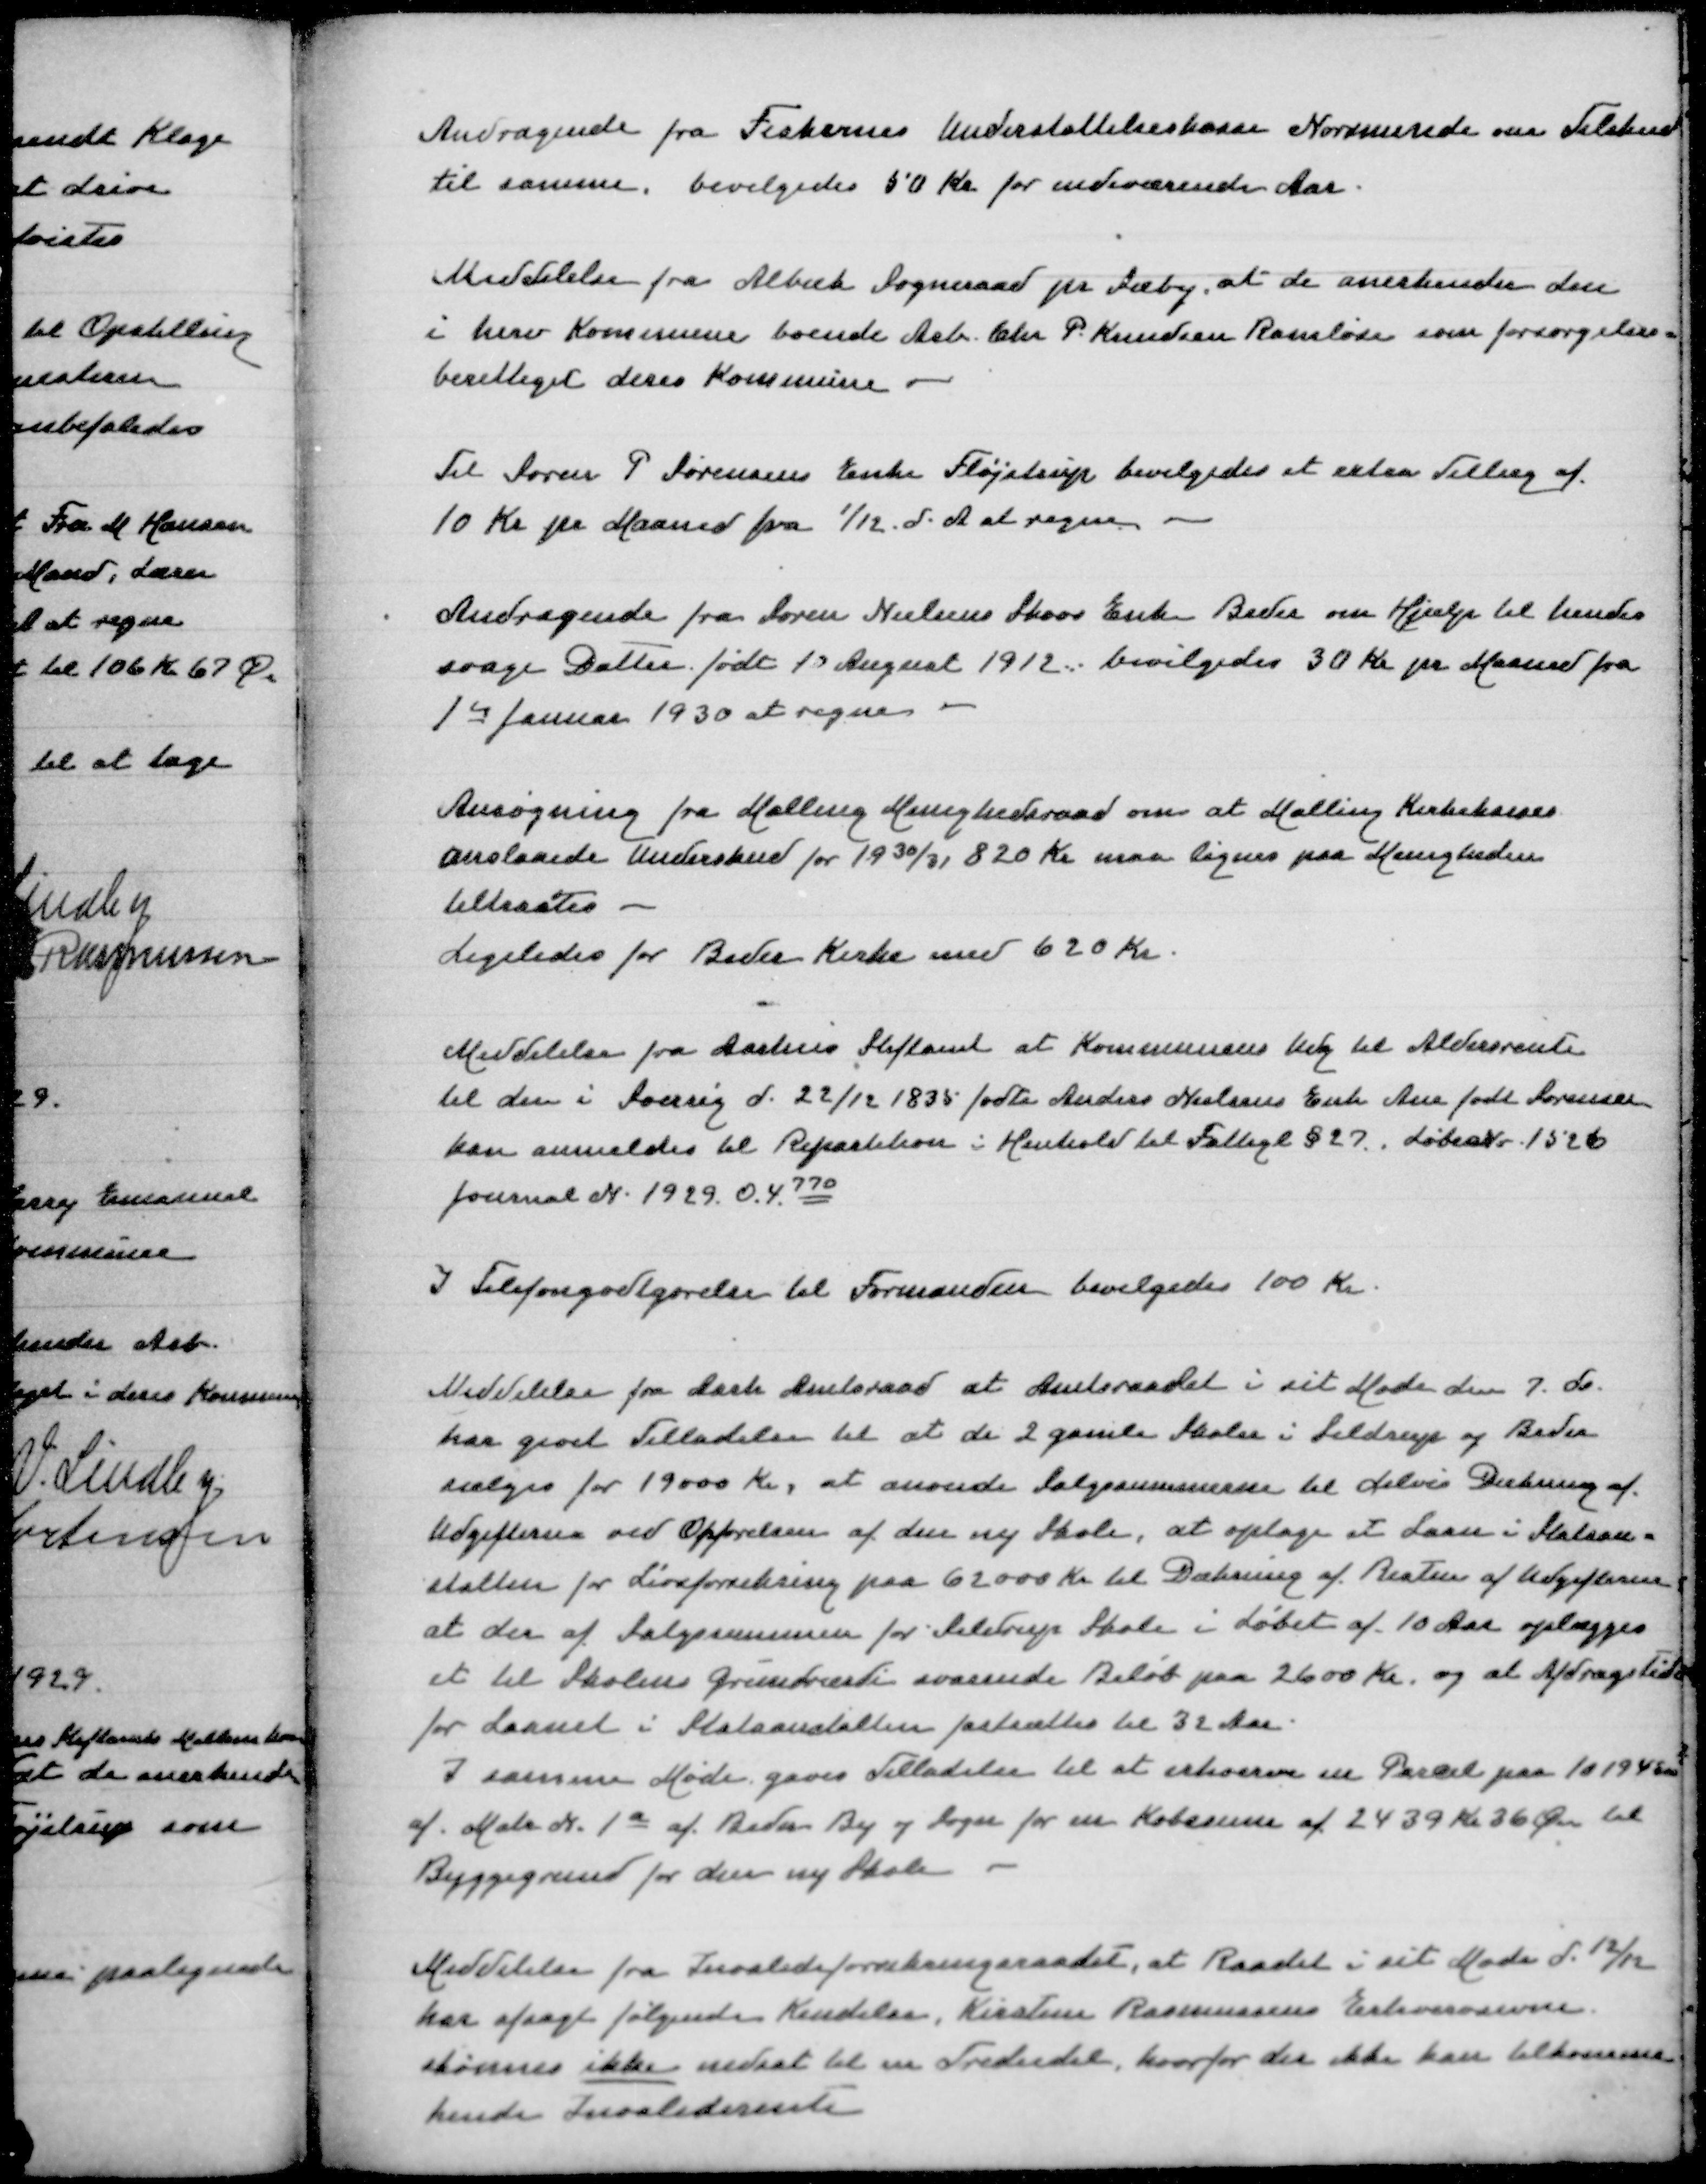
Transskription:
Andragende fra Fiskernes UnderstøttelseskasseNorsminde om Tilskud
til samme, bevilgedes 50 Kr for indeværende Aar

Meddelelse fra Albæk Sogneraad pr Sæby, at de anerkender den
i herv Kommune boende Arb Chr P Knudsen Rasmløse som forsørgelses=
berettiget deres Kommune

Til Søren P Sørensens Enke Fløjstrup bevilgedes et Extra Tillæg af
10 Kr pr Maaned fra 1/12 d A at regne

Andragende fra Søren Nielsen Skovs Enke Beder om Hjælp til hendes
svage Datter født 10 August 1912 bevilgedes 30 Kr pr Maaned fra
1de Januar 1930 at regne

Ansøgning fra Malling Menighedsraad om at Malling Kirkekasses
anslaaede Underskud for 1930/31 820 Kr maa lignes paa Menigheden
tiltraates
Ligeledes for Beder Kirke med 620 Kr

Meddelelse fra Aarhus Stiftamt at Kommunens Udg til Aldersrente
til den i Soerrig d 22/12 1835 fødte Anders Nielsens Enke Ane født Sørensen
kan anmeldes til Repartition i Henhold til Fattigl §27 LøbeNr 1526
Journal N 1929.0.4770

I Telefongodtgørelse til Formanden bevilgedes 100 Kr

Meddelelse fra Aarh Amtsraad at Amtsraadet i sit Møde den 7 ds
har givet Tilladelse til at de 2 gamleSkoler i Seldrup og Beder
sælges for 19000 Kr, at anvende Salgssummen til delvis dækning af
Udgifterne ved Opførelsen af den ny Skole, at optage et Laan i Stats=
anstalten for Livsforsikring paa 62000 Kr til Dækning af Resten af Udgifterne
at der af Salgssummen for Seldrup Skole i Løbet af 10 Aar oplægges
et til Skolens Grundværdi svarende Beløb paa 2600 Kr og at Afdragstiden
for Laanet i Statsanstalten fastsættes til 32 Aar
I samme Møde gives Tilladelse til at erhverve en Parcel paa 10194 m2
af Matr N 1a af Beder By og Sogn for en Købesum af 2439 Kr 36 Øre til
Byggegrund for den ny Skole

Meddelelse fra Invalideforsikringsraadet, at Raadet i sit Møde d 12/12
har afsagt følgende Kendelse, Kirsten Rasmussens Erhvervsevne
skønnes ikke nedsat til en Trediedel, hvorfor der ikke kan tilkomme
hende Invaliderente